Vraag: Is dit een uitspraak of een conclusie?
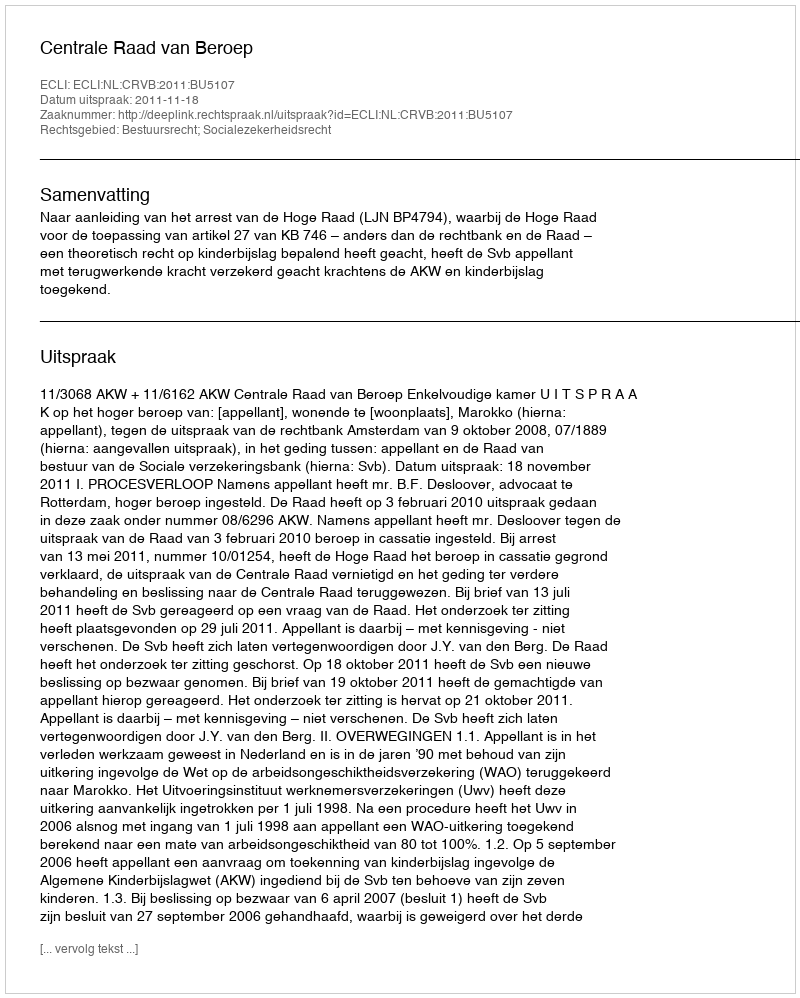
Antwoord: Uitspraak